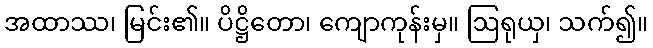
အထာဿ၊ မြင်း၏။ ပိဋ္ဌိတော၊ ကျောကုန်းမှ။ ဩရုယှ၊ သက်၍။